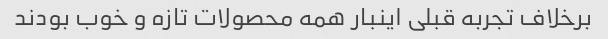
برخلاف تجربه قبلی اینبار همه محصولات تازه و خوب بودند